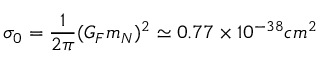
\sigma _ { 0 } = \frac { 1 } { 2 \pi } ( G _ { F } m _ { N } ) ^ { 2 } \simeq 0 . 7 7 \times 1 0 ^ { - 3 8 } c m ^ { 2 }